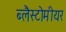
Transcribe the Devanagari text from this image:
ब्लैस्टोमीयर